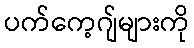
ပက်ကေ့ဂျ်များကို